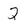
Character: 2